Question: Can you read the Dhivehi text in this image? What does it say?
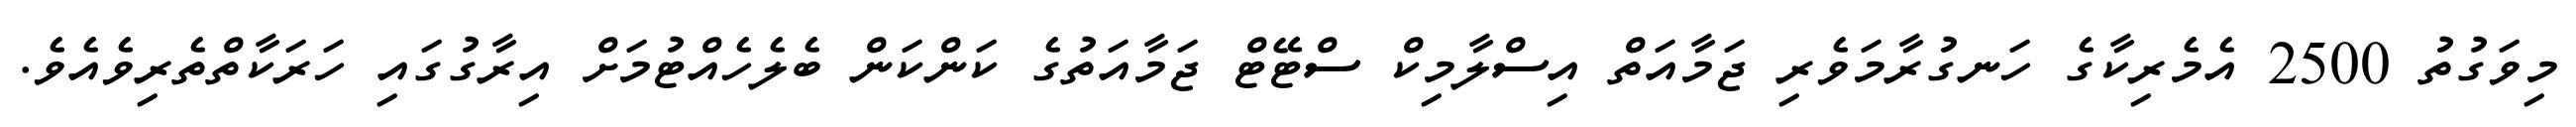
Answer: މިވަގުތު 2500 އެމެރިކާގެ ހަނގުރާމަވެރި ޖަމާއަތް އިސްލާމިކް ސްޓޭޓް ޖަމާއަތުގެ ކަންކަން ބެލެހެއްޓުމަށް އިރާގުގައި ހަރަކާތްތެރިވެއެވެ.